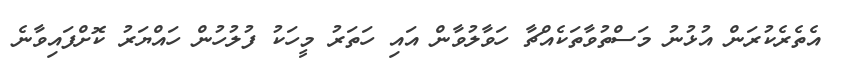
އެތެރެކުރަން އުޅުނު މަސްތުވާތަކެއްޗާ ހަވާލުވާން އައި ހަތަރު މީހަކު ފުލުހުން ހައްޔަރު ކޮށްފައިވާނެ